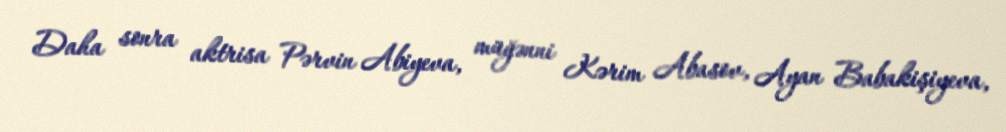
Daha sonra aktrisa Pərvin Abiyeva, müğənni Kərim Abasov, Ayan Babakişiyeva,